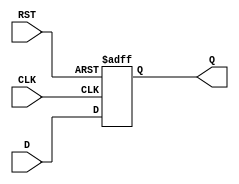
module feedback_register (
    input wire D,       // Data input
    input wire CLK,     // Clock input
    input wire RST,     // Asynchronous reset
    output reg Q        // Output register
);

    // Asynchronous reset and synchronous update on rising edge of CLK
    always @(posedge CLK or posedge RST) begin
        if (RST) begin
            Q <= 1'b0;  // Reset the output to 0
        end else begin
            Q <= D;     // Update output with input data
        end
    end

endmodule